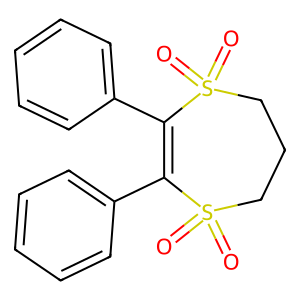
SMILES: O=S1(=O)CCCS(=O)(=O)C(c2ccccc2)=C1c1ccccc1
Inhibits HIV replication: No